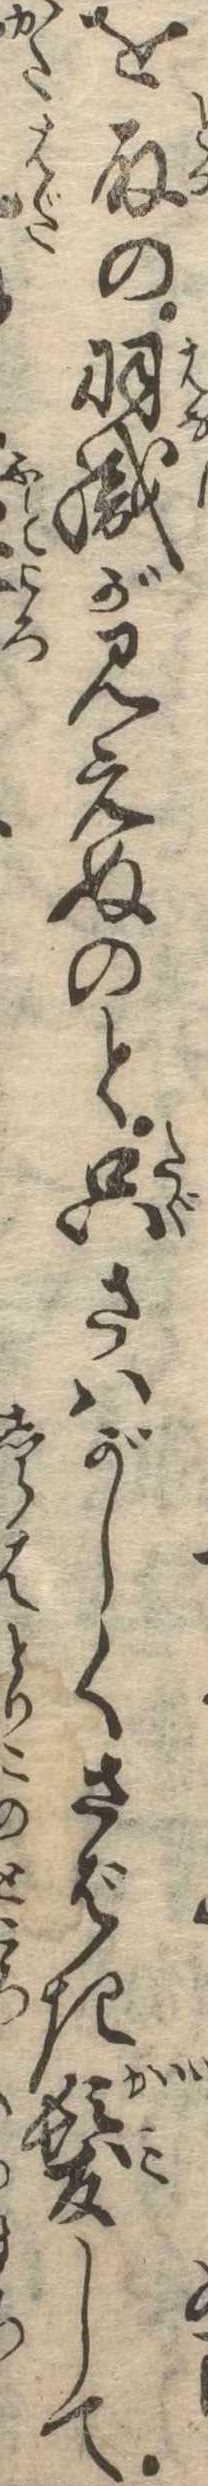
を取の羽織が見えぬのと只さはがしくさばき髪して